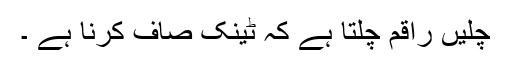
چلیں راقم چلتا ہے کہ ٹینک صاف کرنا ہے ۔